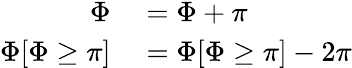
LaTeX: \begin{array}{rl}{\Phi}&{{}=\Phi+\pi}\\ {\Phi[\Phi\geq\pi]}&{{}=\Phi[\Phi\geq\pi]-2\pi}\end{array}